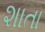
શાતા